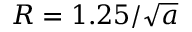
R = 1 . 2 5 / \sqrt { a }